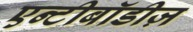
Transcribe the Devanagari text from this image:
एन्टीबॉडीज़